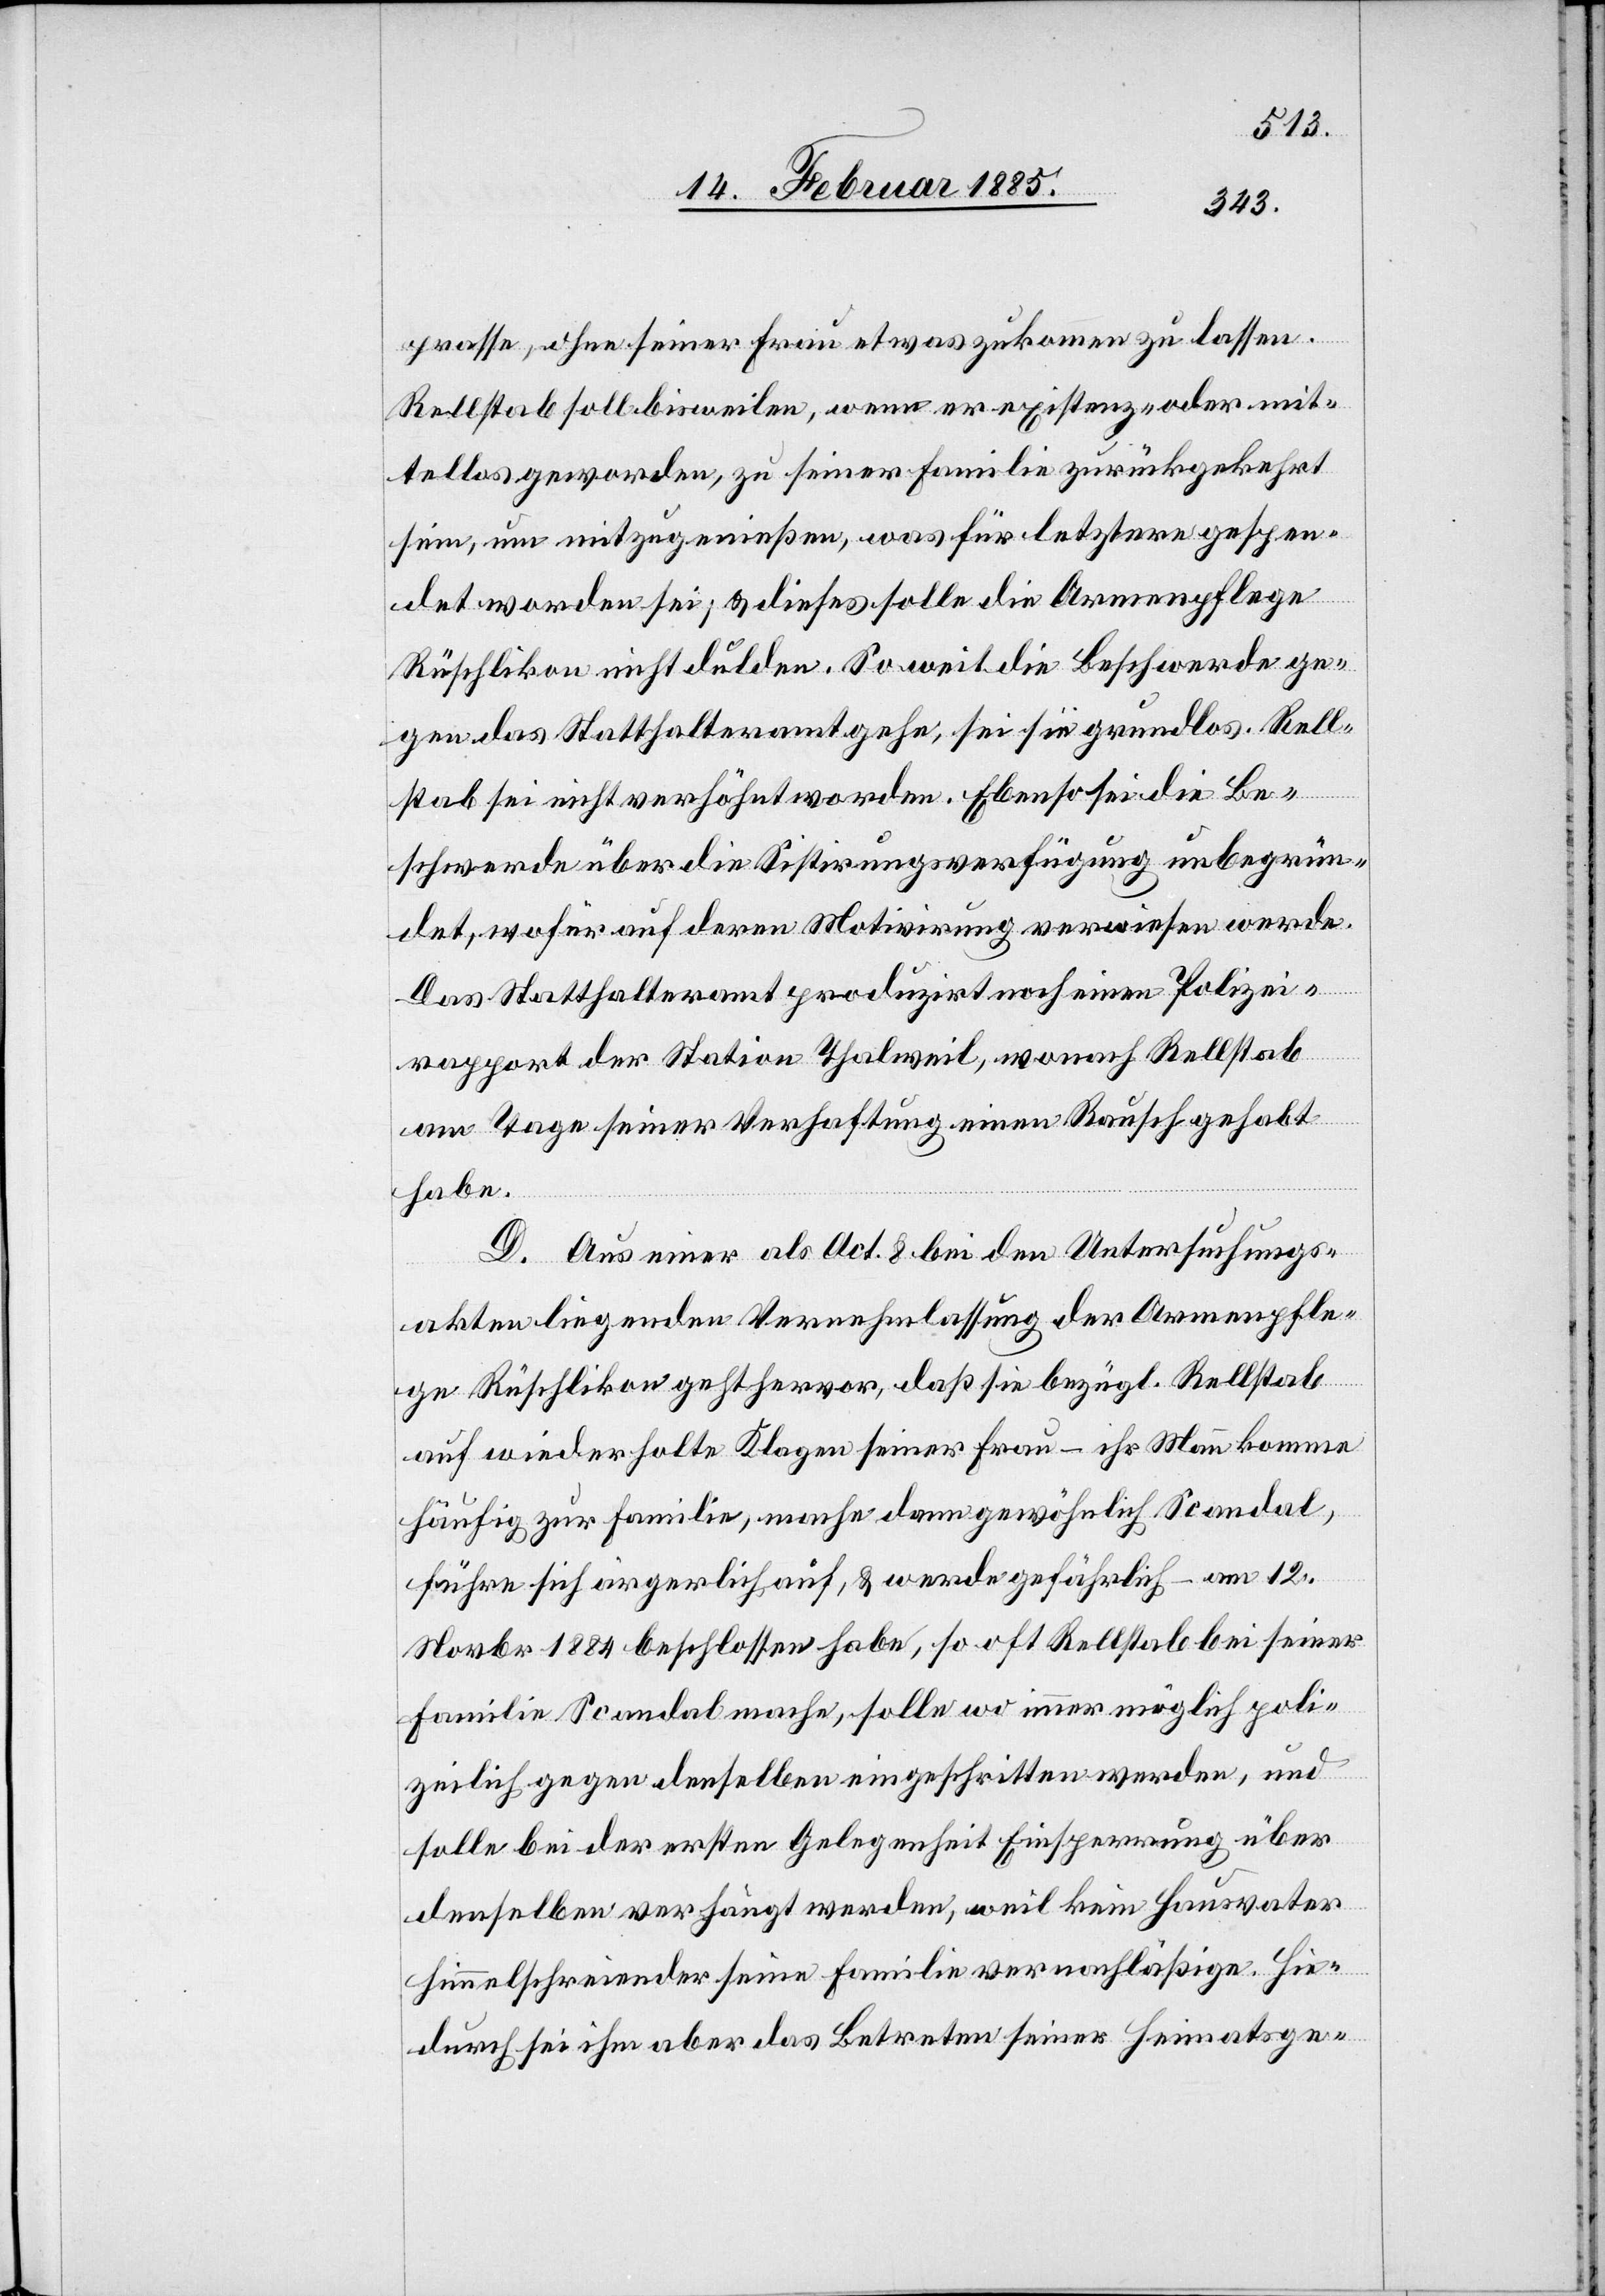
prasse, ohne seiner Frau etwas zukommen zu lassen.
Rellstab soll bisweilen, wenn er existenz- oder mit¬
tellos geworden, zu seiner Familie zurückgekehrt
sein, um mitzugenießen, was für letztere gespen¬
det worden sei; & dieses solle die Armenpflege
Rüschlikon nicht dulden. So weit die Beschwerde ge¬
gen das Statthalteramt gehe, sei sie grundlos. Rell¬
stab sei nicht verhöhnt worden. Ebenso sei die Be¬
schwerde über die Sistirungsverfügung unbegrün¬
det, wofür auf deren Motivirung verwiesen werde.
Das Statthalteramt produzirt noch einen Polizei¬
rapport der Station Thalweil, wonach Rellstab
am Tage seiner Verhaftung einen Rausch gehabt
habe.
D. Aus einer als Oct. 8 bei den Untersuchungs¬
akten liegenden Vernehmlassung der Armenpfle¬
ge Rüschlikon geht hervor, daß sie bezügl. Rellstab
auf wiederholte Klagen seiner Frau – ihr Mann komme
häufig zur Familie, mache dann gewöhnlich Scandal,
führe sich ärgerlich auf, & werde gefährlich – am 12.
Novbr 1884 beschlossen haben, so oft Rellstab bei seiner
Familie Scandal mache, solle wo immer möglich poli¬
zeilich gegen denselben eingeschritten werden, und
solle bei der ersten Gelegenheit Einsperrung über
denselben verhängt werden, weil kein Hausvater
himmelschreiender seine Familie vernachläßige. Hie¬
durch sei ihm aber das Betreten seiner Heimatsge-